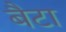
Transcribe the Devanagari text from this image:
बैटा